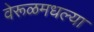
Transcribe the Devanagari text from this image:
वेरूळमधल्या